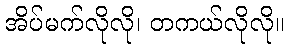
အိပ်မက်လိုလို၊ တကယ်လိုလို။